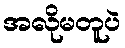
အလိုမတူပဲ